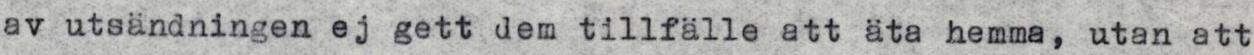
av utsändningen ej gett dem tillfälle att äta hemma, utan att